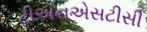
ટીએનએસટીસી